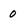
Character: 0